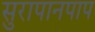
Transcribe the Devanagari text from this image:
सुरापानपाप